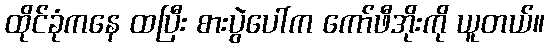
ထိုင်ခုံကနေ ထပြီး စားပွဲပေါ်က ကော်ဖီအိုးကို ယူတယ်။